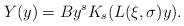
LaTeX: \begin{align*}Y(y) = B y^s K_s(L(\xi,\sigma) y).\end{align*}